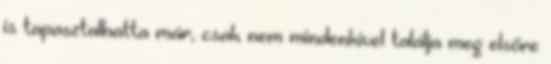
is tapasztalhatta már, csak nem mindenkivel találja meg elsőre